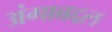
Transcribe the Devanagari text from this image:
अंगाबद्दल